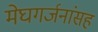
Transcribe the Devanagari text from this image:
मेघगर्जनांसह